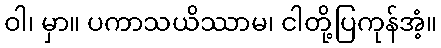
ဝါ၊ မှာ။ ပကာသယိဿာမ၊ ငါတို့ပြကုန်အံ့။